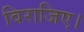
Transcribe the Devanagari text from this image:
विराजिए।